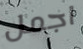
اجمل